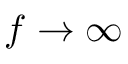
f \to \infty